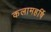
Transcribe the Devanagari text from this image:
कलामहर्षि